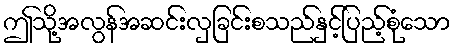
ဤသို့အလွန်အဆင်းလှခြင်းစသည်နှင့်ပြည့်စုံသော